Report on vaccination in the Province of Bengal - 1869-1873
Year: 1869
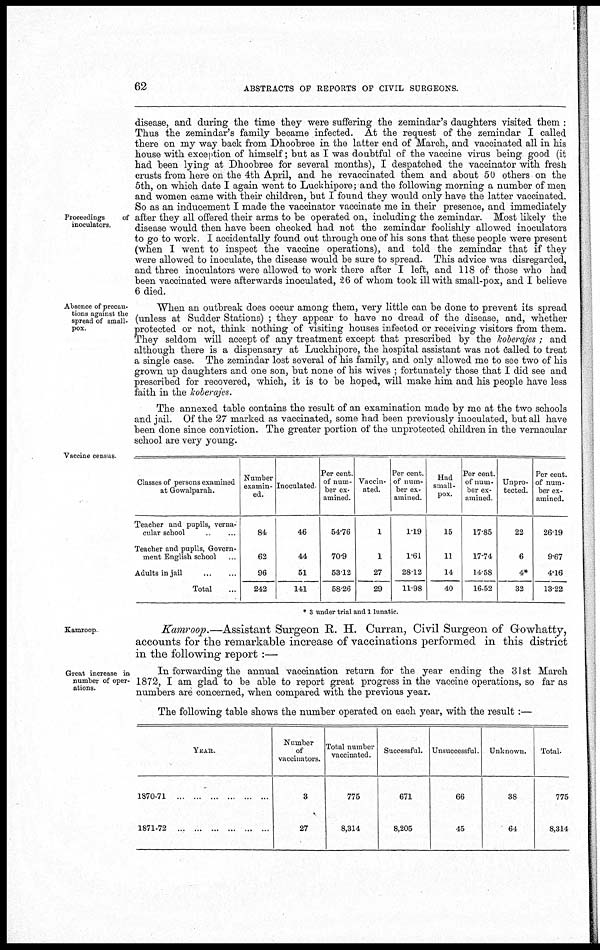
62
ABSTRACTS OF REPORTS OF CIVIL SURGEONS.
Proceedings
of
inoculators.
disease, and during the time they were suffering the zemindar's daughters visited them :
Thus the zemindar's family became infected. At the request of the zemindar I called
there on my way back from Dhoobree in the latter end of March, and vaccinated all in his
house with exception of himself; but as I was doubtful of the vaccine virus being good (it
had been lying at Dhoobree for several months), I despatched the vaccinator with fresh
crusts from here on the 4th April, and he revaccinated them and about 50 others on the
5th, on which date I again went to Luckhipore; and the following morning a number of men
and women came with their children, but I found they would only have the latter vaccinated.
So as an inducement I made the vaccinator vaccinate me in their presence, and immediately
after they all offered their arms to be operated on, including the zemindar. Most likely the
disease would then have been checked had not the zemindar foolishly allowed inoculators
to go to work. I accidentally found out through one of his sons that these people were present
(when I went to inspect the vaccine operations), and told the zemindar that if they
were allowed to inoculate, the disease would be sure to spread. This advice was disregarded,
and three inoculators were allowed to work there after I left, and 118 of those who had
been vaccinated were afterwards inoculated, 26 of whom took ill with small-pox, and I believe
6 died.
Absence of precau-
tions against the
spread of small-
pox.
When an outbreak does occur among them, very little can be done to prevent its spread
(unless at Sudder Stations) ; they appear to have no dread of the disease, and, whether
protected or not, think nothing of visiting houses infected or receiving visitors from them.
They seldom will accept of any treatment except that prescribed by the koberajes ; and
although there is a dispensary at Luckhipore, the hospital assistant was not called to treat
a single case. The zemindar lost several of his family, and only allowed me to see two of his
grown up daughters and one son, but none of his wives ; fortunately those that I did see and
prescribed for recovered, which, it is to be hoped, will make him and his people have less
faith in the koberajes.
The annexed table contains the result of an examination made by me at the two schools
and jail. Of the 27 marked as vaccinated, some had been previously inoculated, but all have
been done since conviction. The greater portion of the unprotected children in the vernacular
school are very young.
Vaccine census
Classes of persons examined
at Gowalparah.
Teacher and pupils, verna-
cular school
...
...
Teacher and pupils, Govern-
ment English school ...
Adults in jail
...
...
Total ...
Number
examin-
ed.
84
62
96
242
Inoculated
46
44
51
141
Per cent.
of num-
ber ex-
amined.
54.76
70.9
53.12
58.26
Vaccin-
ated.
1
1
27
29
Per cent.
of num-
ber ex-
amined.
1.19
1.61
28.12
11.98
Had
small-
pox.
15
11
14
40
Per cent.
of num-
ber ex-
amined.
17.85
17.74
14.58
16.52
Unpro-
tected.
22
6
4*
32
Per cent.
of num-
ber ex-
amined.
26.19
9.67
4.16
13.22
* 3 under trial and 1 lunatic.
Kamroop
Kamroop.—Assistant Surgeon R. H. Curran, Civil Surgeon of Gowhatty,
accounts for the remarkable increase of vaccinations performed in this district
in the following report :—
Great increase in
number of oper-
ations.
In forwarding the annual vaccination return for the year ending the 31st March
1872, I am glad to be able to report great progress in the vaccine operations, so far as
numbers are concerned, when compared with the previous year.
The following table shows the number operated on each year, with the result :—
YEAR.
1870-71 ... ... ... ... ... ... ...
1871-72 ... ... ... ... ... ...
Number
of
vaccinators.
3
27
Total number
vaccinated.
775
8,314
Successful.
671
8,205
Unsuccessful
66
45
Unknown.
38
64
Total.
775
8,314